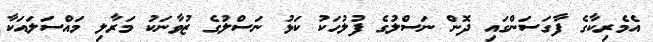
އެމެރިކާގެ ފާގަސަންގައި ދޮން ނަސްލުގެ ފުލުހަކު ކަޅު ނަސްލުގެ ޒުވާނަކު މަރާލި މައްސަލައަކާ